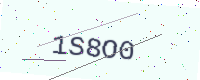
Text: 1S8O0